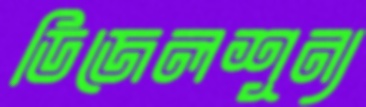
ডিজেলশূন্য